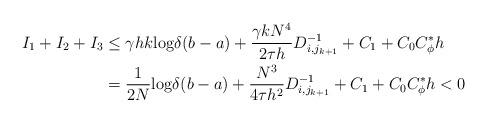
LaTeX: \begin{align*} I_1+I_2 +I_3& \leq \gamma hk {\rm log} \delta (b-a) +\frac{\gamma kN^4}{2\tau h} D_{i,j_{k+1}}^{-1}+C_1 +C_0C^*_\phi h \\& =\frac{1}{2N} {\rm log} \delta (b-a) +\frac{N^3}{4\tau h^2}D_{i,j_{k+1}}^{-1} +C_1+C_0C^*_\phi h <0 \end{align*}